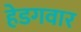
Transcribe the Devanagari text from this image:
हेडगवार